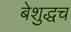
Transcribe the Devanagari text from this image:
बेशुद्धच